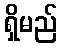
ရှိမည်